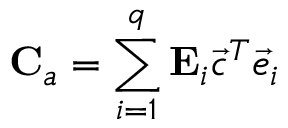
\mathbf { C } _ { a } = \sum _ { i = 1 } ^ { q } \mathbf { E } _ { i } \vec { c } ^ { T } \vec { e } _ { i }